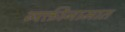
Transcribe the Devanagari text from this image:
व्यक्तीनामात